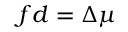
f d = \Delta \mu